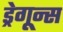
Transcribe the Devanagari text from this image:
ड्रेगून्स